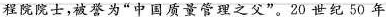
程院院士，被誉为”中国质量管理之父”。20世纪50年